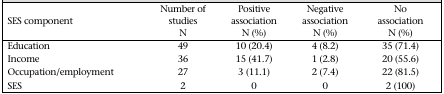
<table><thead><tr><td><b>SES component</b></td><td><b>Number of studies N</b></td><td><b>Positive association N (%)</b></td><td><b>Negative association N (%)</b></td><td><b>No association N (%)</b></td></tr></thead><tbody><tr><td>Education</td><td>49</td><td>10 (20.4)</td><td>4 (8.2)</td><td>35 (71.4)</td></tr><tr><td>Income</td><td>36</td><td>15 (41.7)</td><td>1 (2.8)</td><td>20 (55.6)</td></tr><tr><td>Occupation/employment</td><td>27</td><td>3 (11.1)</td><td>2 (7.4)</td><td>22 (81.5)</td></tr><tr><td>SES</td><td>2</td><td>0</td><td>0</td><td>2 (100)</td></tr></tbody></table>